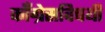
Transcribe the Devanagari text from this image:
काँग्रेसविषयी